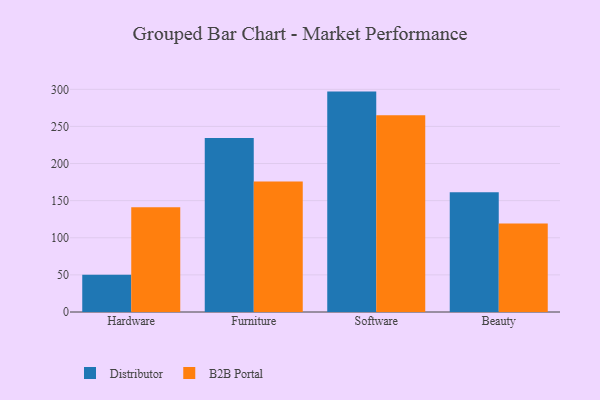
{"axis": {"x": "Category", "y": "Customer Acquisition Cost (USD)"}, "legend": ["B2B Portal", "Distributor"], "data": [{"x": "Hardware", "y": 50.1, "type": "Distributor"}, {"x": "Hardware", "y": 141.0, "type": "B2B Portal"}, {"x": "Furniture", "y": 234.5, "type": "Distributor"}, {"x": "Furniture", "y": 175.7, "type": "B2B Portal"}, {"x": "Software", "y": 296.9, "type": "Distributor"}, {"x": "Software", "y": 265.0, "type": "B2B Portal"}, {"x": "Beauty", "y": 161.4, "type": "Distributor"}, {"x": "Beauty", "y": 119.2, "type": "B2B Portal"}]}